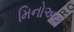
મિનોઅન